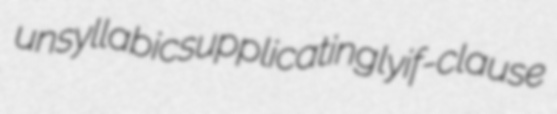
unsyllabic supplicatingly if-clause